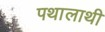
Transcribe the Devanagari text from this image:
पथालाथी